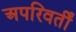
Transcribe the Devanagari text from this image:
अपरिवर्तीं